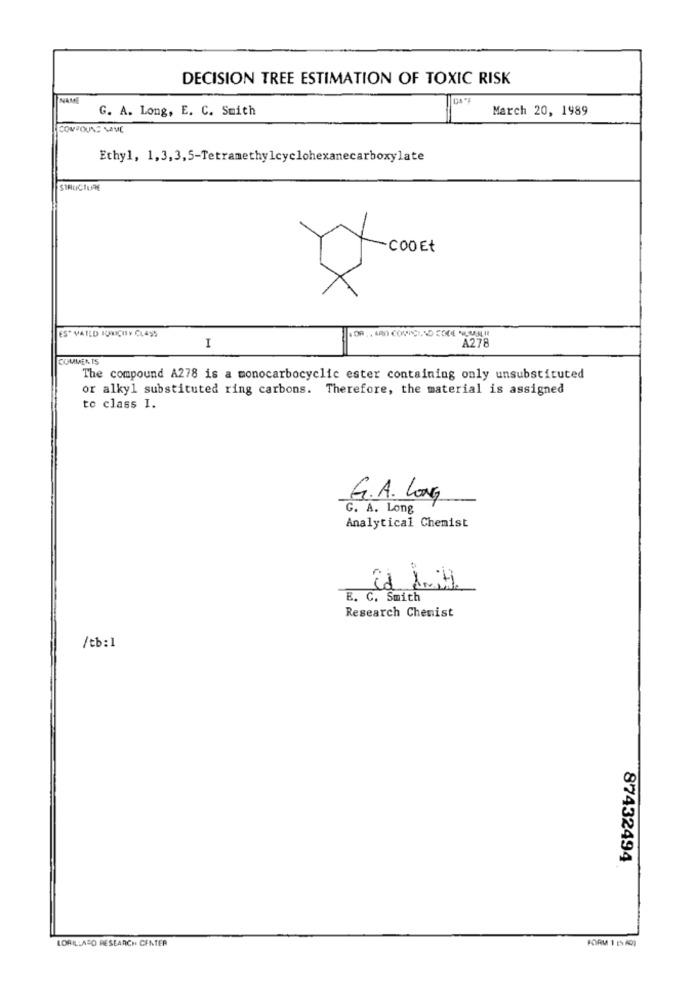
DECISION TREE ESTIMATION OF TOXIC RISK
NAME
G. A. Long, E. C. Smith
March 20, 1989
COMPOUND NAME
Ethyl, 1,3,3, 5-Tetramethylcyclohexanecarboxylate
STRUCTURE
COO Et
ES* VAILD KONICHIY CLASS
A278
I
COMMENTS
The compound A278 is a monocarbocyclic ester containing only unsubstituted
or alkyl substituted ring carbons. Therefore, the material is assigned
to class I.
G.A. LONG
G. A. Long
Analytical Chemist
B. C. Smith
Research Chemist
/tb: 1
87432494
LORELLASO RESEARCH CENTER